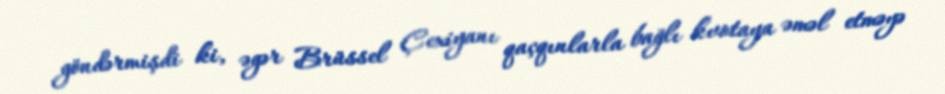
göndərmişdi ki, əgər Brüssel Çexiyanı qaçqınlarla bağlı kvotaya əməl etməyə